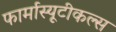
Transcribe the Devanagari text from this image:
फार्मास्यूटीकल्स